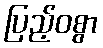
ပြည့်ဝစွာ